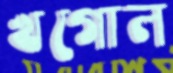
খগোল